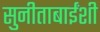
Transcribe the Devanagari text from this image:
सुनीताबाईंशी